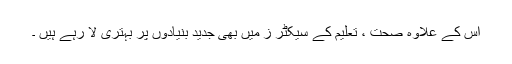
اس کے علاوہ صحت ، تعلیم کے سیکٹر ز میں بھی جدید بنیادوں پر بہتری لا رہے ہیں ۔